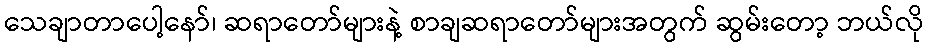
သေချာတာပေါ့နော်၊ ဆရာတော်များနဲ့ စာချဆရာတော်များအတွက် ဆွမ်းတော့ ဘယ်လို